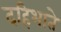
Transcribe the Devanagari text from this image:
दहिभाते